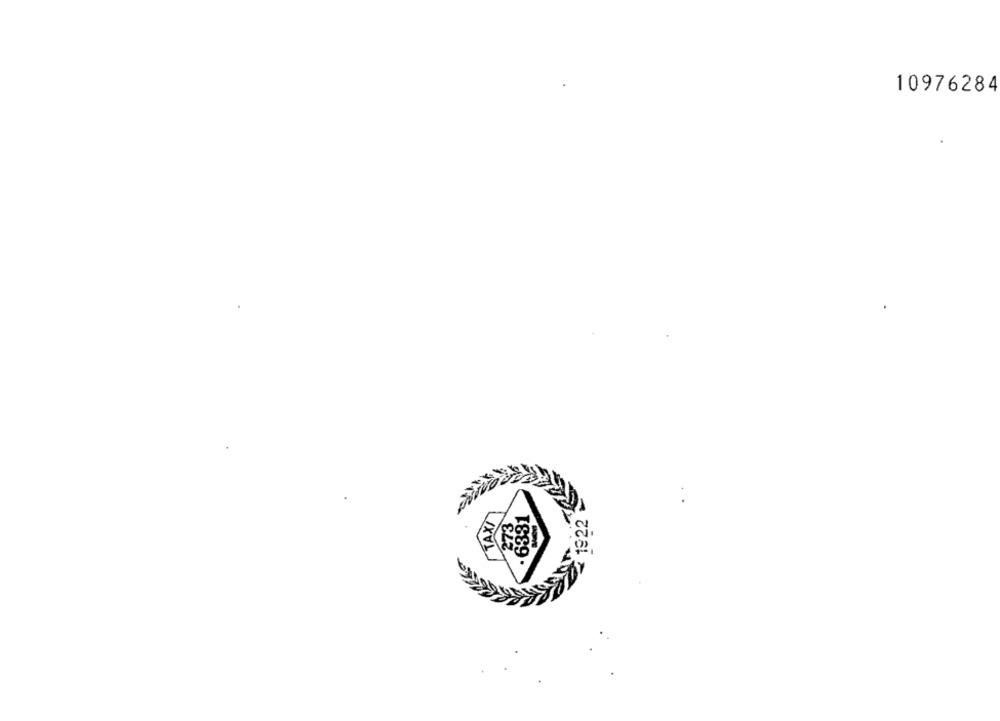
10976284
TAXI
.6331
1922